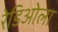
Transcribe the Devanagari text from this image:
रेडिओला